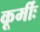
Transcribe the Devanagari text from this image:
कूर्मीः